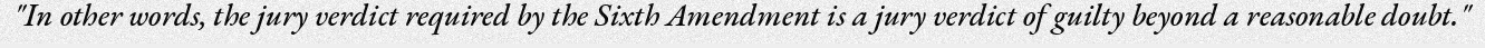
"In other words, the jury verdict required by the Sixth Amendment is a jury verdict of guilty beyond a reasonable doubt."